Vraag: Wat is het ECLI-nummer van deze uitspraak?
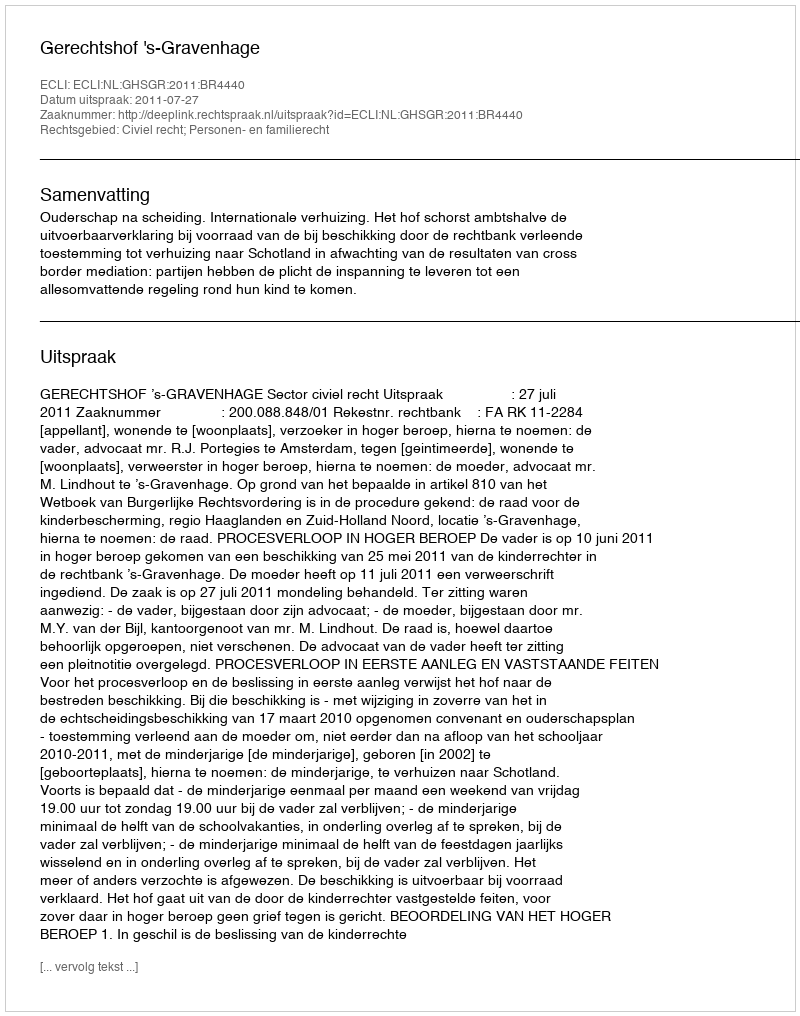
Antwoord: ECLI:NL:GHSGR:2011:BR4440